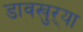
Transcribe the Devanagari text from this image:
डावखुऱ्या